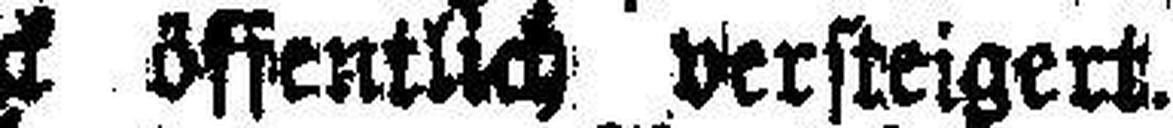
Innsbruck öffentlich versteigert.